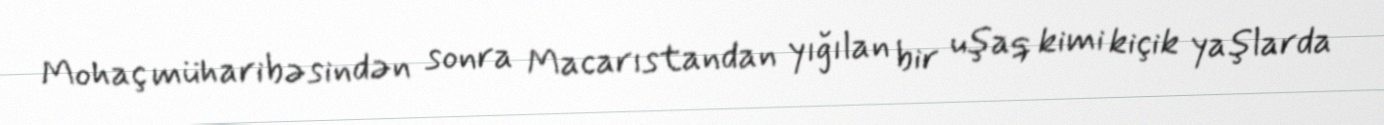
Mohaç müharibəsindən sonra Macarıstandan yığılan bir uşaq kimi kiçik yaşlarda